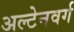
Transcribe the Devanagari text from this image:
अल्टेनवर्ग